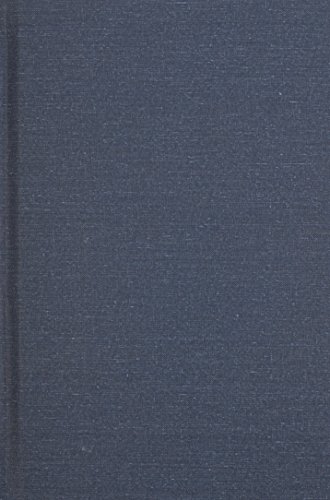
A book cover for California illustrated; including a description of the Panama and Nicaragua routes. By a returned Californian.; John M. Letts; Travel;